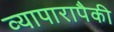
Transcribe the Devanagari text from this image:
व्यापारापैकी